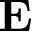
\textbf { E }